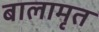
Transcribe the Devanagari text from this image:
बालामृत